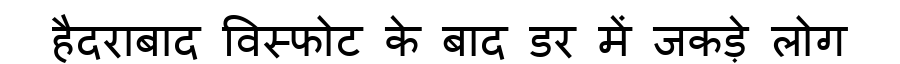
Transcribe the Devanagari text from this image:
हैदराबाद विस्फोट के बाद डर में जकड़े लोग